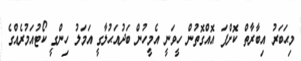
މިޙަބަރު އިބާރާތް ކޮށްފަ އޮއްގޮތުން ހީވަނީ އެމީހުން ބަދުއަޙުލާގީ އަމަލު ހިންގީ ކޯޓުއަމުރެއްގެ